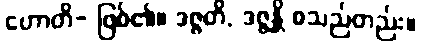
ဟောတိ- ဖြစ်၏။ ဒဇ္ဇတိ, ဒဇ္ဇန္တိ စသည်တည်း။